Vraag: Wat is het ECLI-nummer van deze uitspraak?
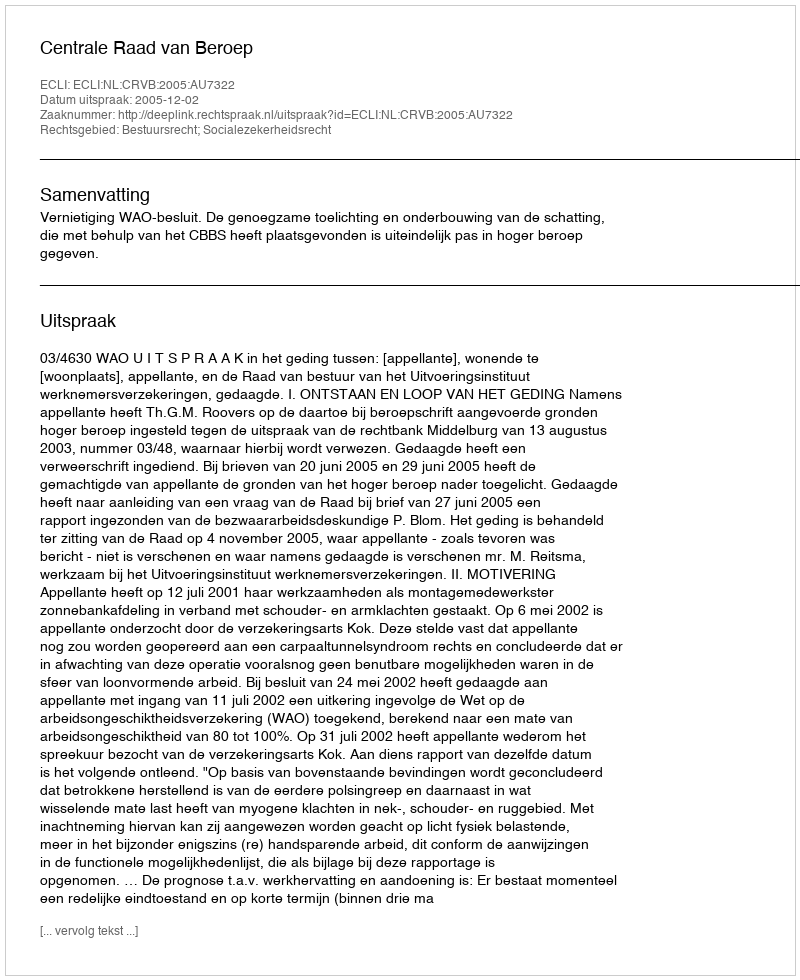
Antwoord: ECLI:NL:CRVB:2005:AU7322